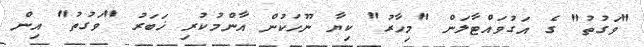
"ވަގުތު" ގެ އަގުވައްޓާލަން "މިހާރު" ކިޔާ ނޫހަކުން އާންމުކުރި ޚަބަރު "ވަގުތު" އިން